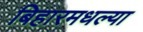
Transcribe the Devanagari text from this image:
बिहारमधल्या